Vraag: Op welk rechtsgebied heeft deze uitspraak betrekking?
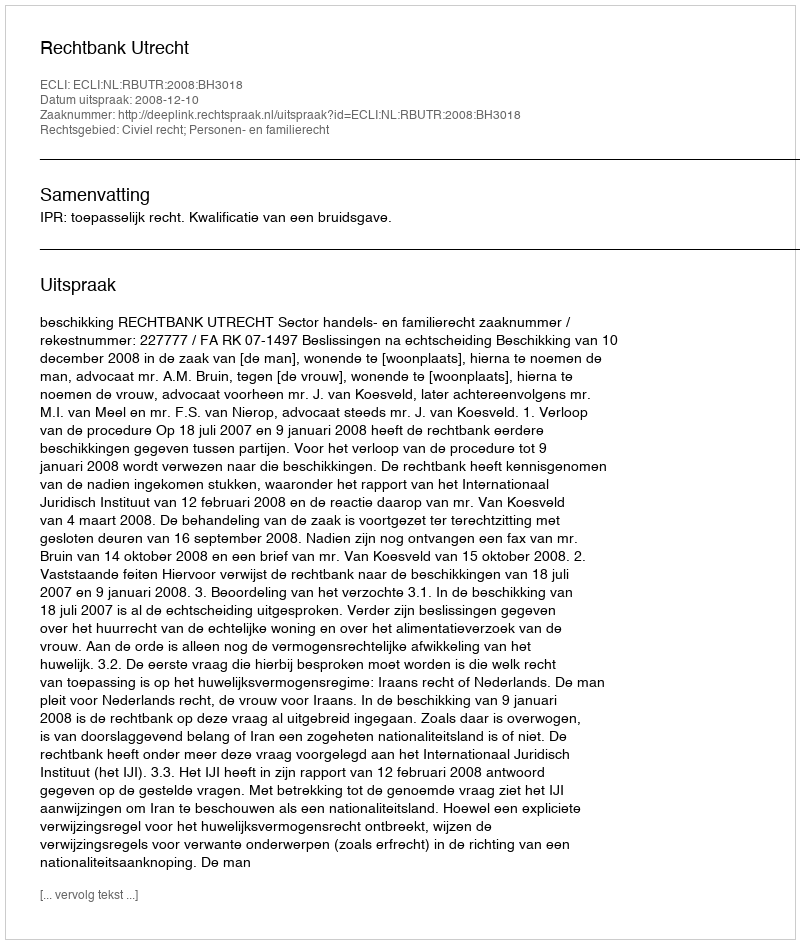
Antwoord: Civiel recht; Personen- en familierecht